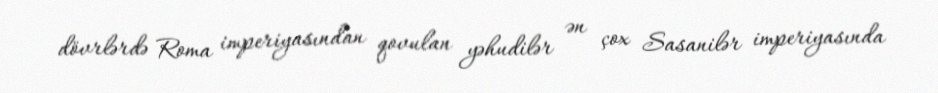
dövrlərdə Roma imperiyasından qovulan yəhudilər ən çox Sasanilər imperiyasında